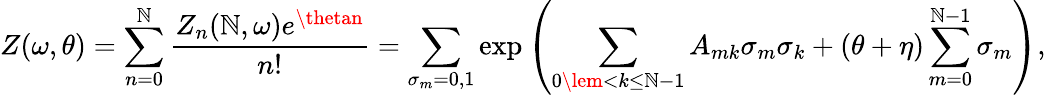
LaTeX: Z(\omega,\theta)=\sum_{n=0}^{\mathbb{N}}\frac{{Z_{n}(\mathbb{N},\omega)e^{\thetan}}}{{n!}}=\sum_{\sigma_{m}=0,1}\exp\left(\sum_{0\lem<k\le\mathbb{N}-1}A_{mk}\sigma_{m}\sigma_{k}+(\theta+\eta)\sum_{m=0}^{\mathbb{N}-1}\sigma_{m}\right),